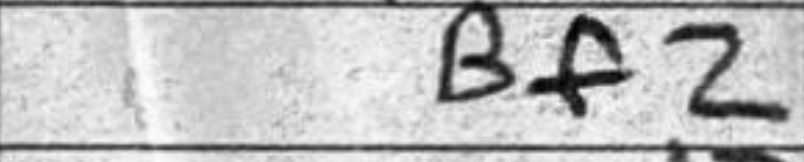
Transcription: Bf2